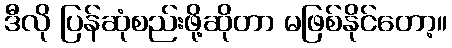
ဒီလို ပြန်ဆုံစည်းဖို့ဆိုတာ မဖြစ်နိုင်တော့။